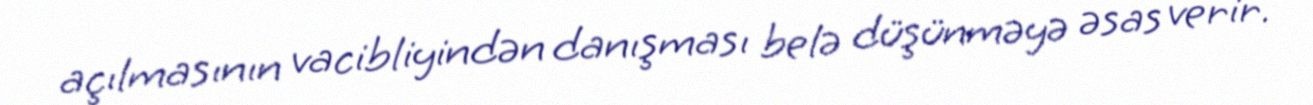
açılmasının vacibliyindən danışması belə düşünməyə əsas verir.